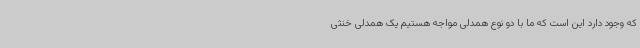
که وجود دارد این است که ما با دو نوع همدلی مواجه هستیم یک همدلی خنثی